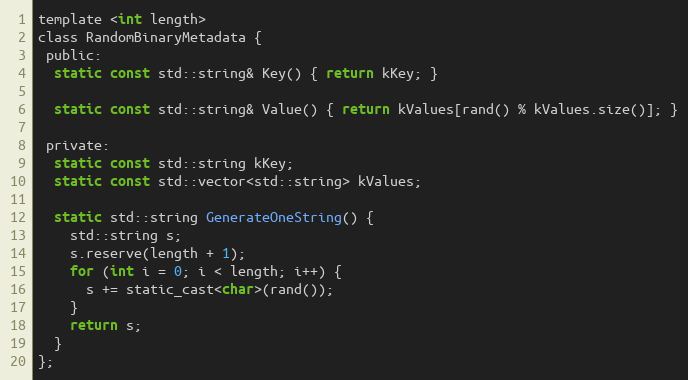
Language: C
template <int length>
class RandomBinaryMetadata {
 public:
  static const std::string& Key() { return kKey; }

  static const std::string& Value() { return kValues[rand() % kValues.size()]; }

 private:
  static const std::string kKey;
  static const std::vector<std::string> kValues;

  static std::string GenerateOneString() {
    std::string s;
    s.reserve(length + 1);
    for (int i = 0; i < length; i++) {
      s += static_cast<char>(rand());
    }
    return s;
  }
};